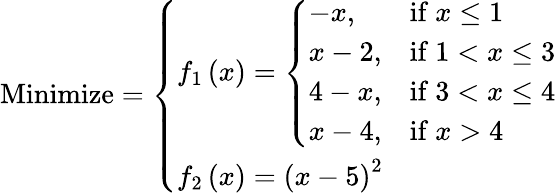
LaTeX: {\mathrm{Minimize}}={\left\{ \begin{array}{ll}{f_{1}\left(x\right)={\left\{ \begin{array}{ll}{-x,}&{{\mathrm{if~}}x\leq 1}\\ {x-2,}&{{\mathrm{if~}}1<x\leq 3}\\ {4-x,}&{{\mathrm{if~}}3<x\leq 4}\\ {x-4,}&{{\mathrm{if~}}x>4}\end{array}\right.}}\\ {f_{2}\left(x\right)=\left(x-5\right)^{2}}\end{array}\right.}